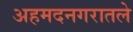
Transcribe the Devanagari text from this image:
अहमदनगरातले